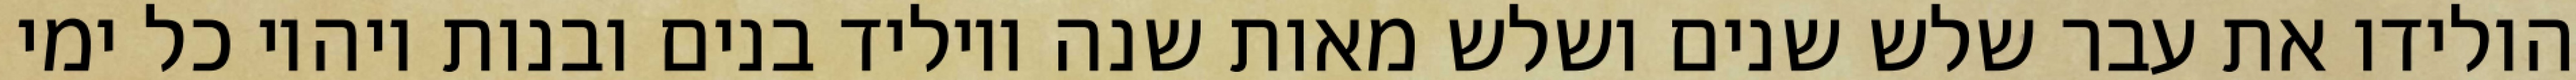
הולידו את עבר שלש שנים ושלש מאות שנה ויוליד בנים ובנות ויהיו כל ימי